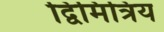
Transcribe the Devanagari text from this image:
द्विमित्रिय